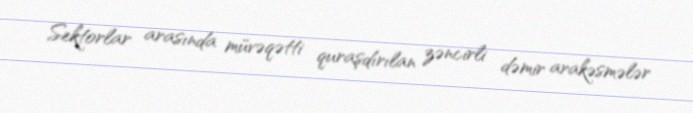
Sektorlar arasında müvəqətti quraşdırılan zəncirli dəmir arakəsmələr